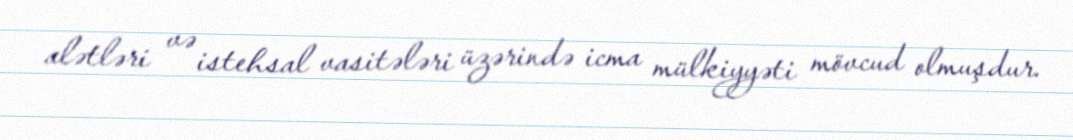
alətləri və istehsal vasitələri üzərində icma mülkiyyəti mövcud olmuşdur.